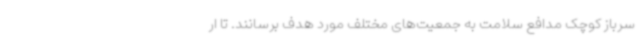
سرباز کوچک مدافع سلامت به جمعیت‌های مختلف مورد هدف برسانند. تا ار